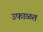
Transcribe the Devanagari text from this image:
उफाळत